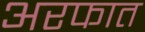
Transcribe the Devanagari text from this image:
अरफात